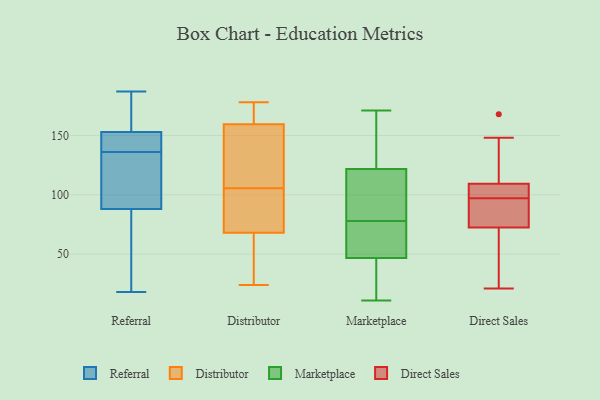
{"axis": {"x": "Revenue (USD Million)", "y": "Value"}, "legend": ["Direct Sales", "Distributor", "Marketplace", "Referral"], "data": [{"x": "", "y": 77, "type": "Referral"}, {"x": "", "y": 153, "type": "Referral"}, {"x": "", "y": 142, "type": "Referral"}, {"x": "", "y": 88, "type": "Referral"}, {"x": "", "y": 117, "type": "Referral"}, {"x": "", "y": 18, "type": "Referral"}, {"x": "", "y": 41, "type": "Referral"}, {"x": "", "y": 138, "type": "Referral"}, {"x": "", "y": 96, "type": "Referral"}, {"x": "", "y": 109, "type": "Referral"}, {"x": "", "y": 148, "type": "Referral"}, {"x": "", "y": 134, "type": "Referral"}, {"x": "", "y": 187, "type": "Referral"}, {"x": "", "y": 143, "type": "Referral"}, {"x": "", "y": 88, "type": "Referral"}, {"x": "", "y": 176, "type": "Referral"}, {"x": "", "y": 164, "type": "Referral"}, {"x": "", "y": 161, "type": "Referral"}, {"x": "", "y": 158, "type": "Distributor"}, {"x": "", "y": 86, "type": "Distributor"}, {"x": "", "y": 139, "type": "Distributor"}, {"x": "", "y": 107, "type": "Distributor"}, {"x": "", "y": 61, "type": "Distributor"}, {"x": "", "y": 169, "type": "Distributor"}, {"x": "", "y": 24, "type": "Distributor"}, {"x": "", "y": 82, "type": "Distributor"}, {"x": "", "y": 157, "type": "Distributor"}, {"x": "", "y": 161, "type": "Distributor"}, {"x": "", "y": 64, "type": "Distributor"}, {"x": "", "y": 178, "type": "Distributor"}, {"x": "", "y": 104, "type": "Distributor"}, {"x": "", "y": 169, "type": "Distributor"}, {"x": "", "y": 71, "type": "Distributor"}, {"x": "", "y": 65, "type": "Distributor"}, {"x": "", "y": 66, "type": "Marketplace"}, {"x": "", "y": 80, "type": "Marketplace"}, {"x": "", "y": 157, "type": "Marketplace"}, {"x": "", "y": 99, "type": "Marketplace"}, {"x": "", "y": 130, "type": "Marketplace"}, {"x": "", "y": 119, "type": "Marketplace"}, {"x": "", "y": 22, "type": "Marketplace"}, {"x": "", "y": 20, "type": "Marketplace"}, {"x": "", "y": 11, "type": "Marketplace"}, {"x": "", "y": 149, "type": "Marketplace"}, {"x": "", "y": 78, "type": "Marketplace"}, {"x": "", "y": 59, "type": "Marketplace"}, {"x": "", "y": 22, "type": "Marketplace"}, {"x": "", "y": 171, "type": "Marketplace"}, {"x": "", "y": 55, "type": "Marketplace"}, {"x": "", "y": 106, "type": "Marketplace"}, {"x": "", "y": 59, "type": "Marketplace"}, {"x": "", "y": 21, "type": "Direct Sales"}, {"x": "", "y": 97, "type": "Direct Sales"}, {"x": "", "y": 74, "type": "Direct Sales"}, {"x": "", "y": 74, "type": "Direct Sales"}, {"x": "", "y": 99, "type": "Direct Sales"}, {"x": "", "y": 112, "type": "Direct Sales"}, {"x": "", "y": 30, "type": "Direct Sales"}, {"x": "", "y": 168, "type": "Direct Sales"}, {"x": "", "y": 101, "type": "Direct Sales"}, {"x": "", "y": 148, "type": "Direct Sales"}, {"x": "", "y": 72, "type": "Direct Sales"}]}